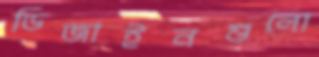
ডিজাইনগুলো